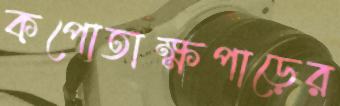
কপোতাক্ষপাড়ের